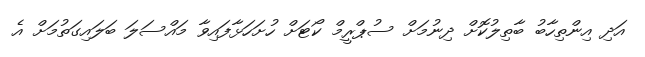
އަދި އިންތިހާބު ބާތިލުކޮށް ދިނުމަށް ސުޕްރީމް ކޯޓަށް ހުށަހަޅާފައިވާ މައްސަލަ ބަލައިގަތުމަށް އެ